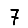
Digit: 7